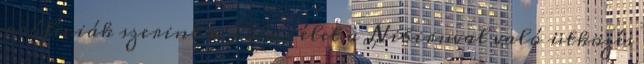
próféciák szerint a Földi élet a Nibiruval való ütközés